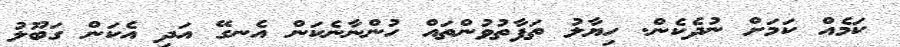
ކަމެއް ކަމަށް ނުދެކެން. ހިޔާލު ތަފާތުވުންތައް ހުންނާނެކަން އެނގޭ އަދި އެކަން ގަބޫލު